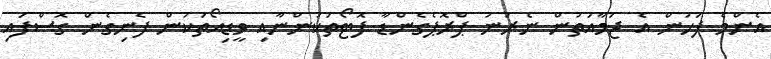
އެންމެ ފަހުން އެ ޖަމާއަތުން ނެރުނު ޕްރޮޕެގެންޑާ ފޮޓޯތަކުންނާއި ވީޑިއޯތަކުން ފެނިގެން ގޮސްފައި